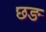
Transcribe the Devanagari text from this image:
छङ